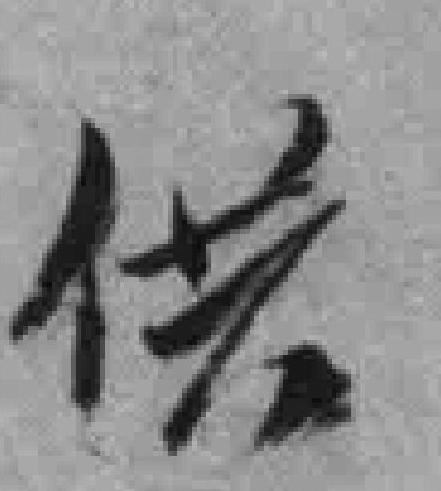
供